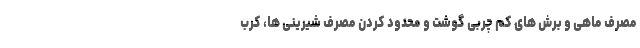
مصرف ماهی و برش های کم چربی گوشت و محدود کردن مصرف شیرینی ها، کرب